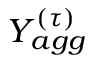
Y _ { a g g } ^ { ( \tau ) }